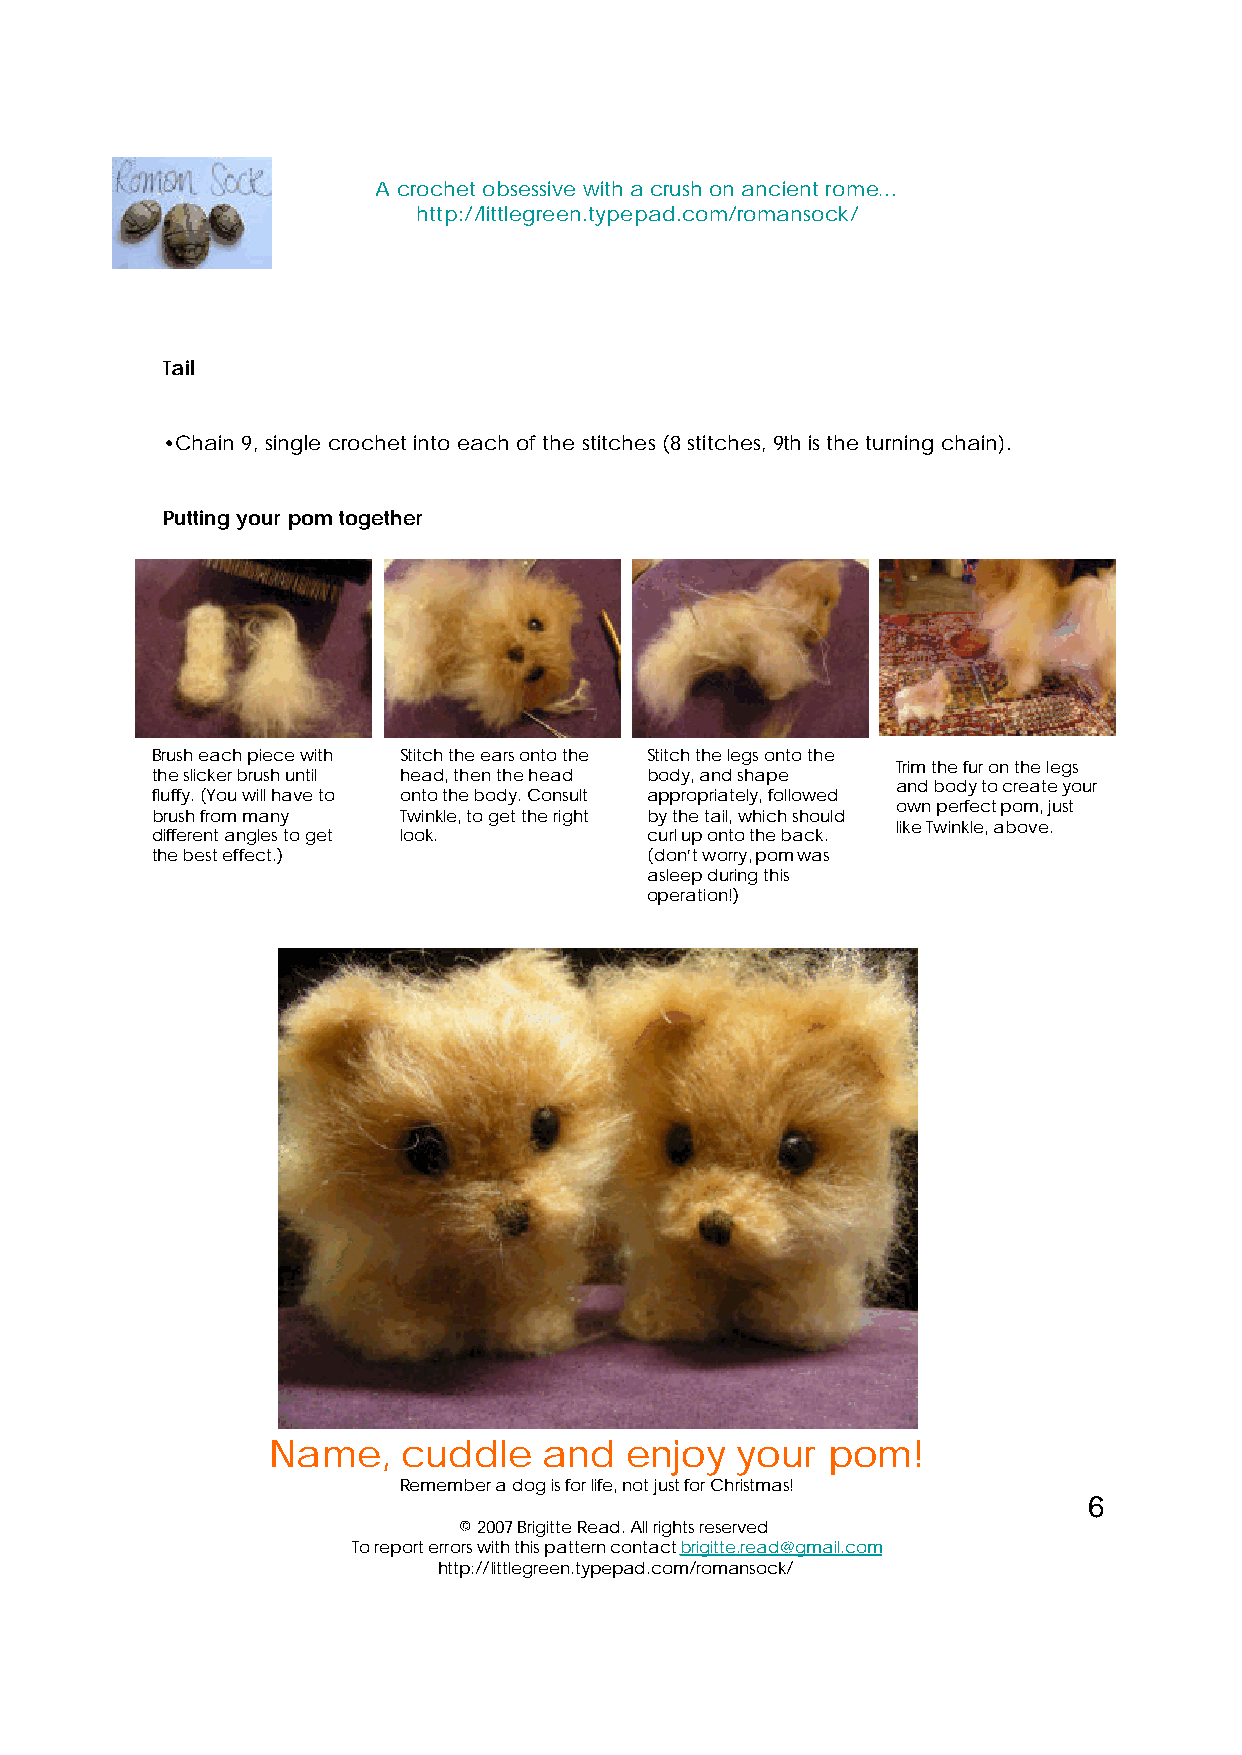
A crochet obsessive with a crush on ancient rome…
 http://littlegreen.typepad.com/romansock/
 Tail
 •Chain 9, single crochet into each of the stitches (8 stitches, 9th is the turning chain).
 Putting your pomtogether
 Brush each piece with Stitch the ears onto the Stitch the legs onto the
 Trim the fur on the legs
 the slicker brush until head, then the head body, and shape
 and body to create your
 fluffy. (You will have to onto the body. Consult appropriately, followed
 own perfect pom, just
 brush from many Twinkle, to get the right by the tail, which should
 like Twinkle, above.
 different angles to get look.    curl up onto the back.
 the best effect.)                (don’t worry, pomwas
 asleep during this
 operation!)
 Name,    cuddle   and  enjoy   your  pom!
 Remember a dog is for life, not just for Christmas!
 6
 ©2007 Brigitte Read. All rights reserved
 To report errors with this pattern contact brigitte.read@gmail.com
 http://littlegreen.typepad.com/romansock/